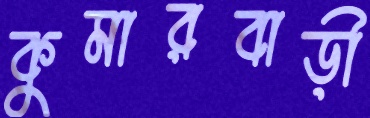
কুমারবাড়ী